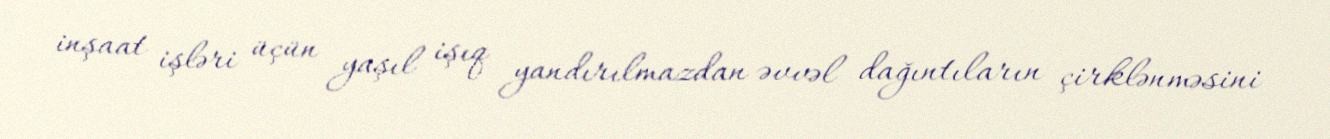
inşaat işləri üçün yaşıl işıq yandırılmazdan əvvəl dağıntıların çirklənməsini